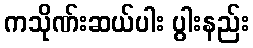
ကသိုဏ်းဆယ်ပါး ပွါးနည်း